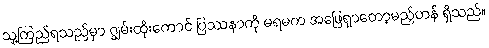
သူ့ကြည်ရသည်မှာ ဂျွမ်းထိုးကောင် ပြဿနာကို မရမက အဖြေရှာတော့မည့်ဟန် ရှိသည်။